Civil Veterinary Dept. Bombay admin report 1907-1913 - 1907-1913
Year: 1907
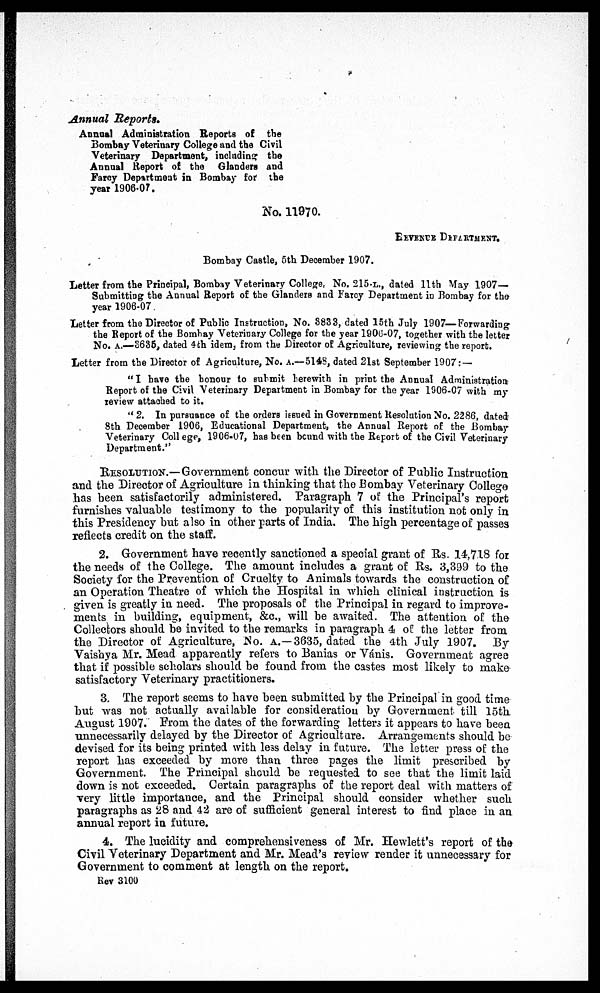
Annual Reports.
Annual Administration Reports of the
Bombay Veterinary College and the Civil
Veterinary Department, including the
Annual Report of the Glanders and
Farcy Department in Bombay for the
year 1906-07.
No. 11970.
REVENUE DEPARTMENT.
Bombay Castle, 5th December 1907.
Letter from the Principal, Bombay Veterinary College, No. 215.L., dated 11th May 1907—
Submitting the Annual Report of the Glanders and Farcy Department in Bombay for the
year 1906-07.
Letter from the Director of Public Instruction, No. 8833, dated 15th July 1907—Forwarding*
the Report of the Bombay Veterinary College for the year 1900-07, together with the letter
No. A.—3635, dated 4th idem, from the Director of Agriculture, reviewing the report.
Letter from the Director of Agriculture, No. A.—5148, dated 21st September 1907: —
" I have the honour to submit herewith in print the Annual Administration
Report of the Civil Veterinary Department in Bombay for the year 1906-07 with my
review attached to it.
" 2. In pursuance of the orders issued in Government Resolution No. 2286, dated
8th December 1906, Educational Department, the Annual Report of the Bombay
Veterinary College, 1906-07, has been bound with the Report of the Civil Veterinary
Department."
RESOLUTION.—Government concur with the Director of Public Instruction
and the Director of Agriculture in thinking that the Bombay Veterinary College
has been satisfactorily administered. Paragraph 7 oil the Principal's report
furnishes valuable testimony to the popularity of this institution not only in
this Presidency but also in other parts of India. The high percentage of passes
reflects credit on the staff.
2. Government have recently sanctioned a special grant of Rs. 14,718 for
the needs of the College. The amount includes a grant of Rs. 3,399 to the
Society for the Prevention of Cruelty to Animals towards the construction of
an Operation Theatre of which the Hospital in which clinical instruction is
given is greatly in need. The proposals of the Principal in regard to improve-
ments in building, equipment, &c., will be awaited. The attention of the
Collectors should be invited to the remarks in paragraph 4 of the letter from
the Director of Agriculture, No. A.—3635, dated the 4th July 1907. By
Vaishya Mr. Mead apparently refers to Banias or Vánis. Government agree
that if possible scholars should be found from the castes most likely to make
satisfactory Veterinary practitioners.
3. The report seems to have been submitted by the Principal in good time
but was not actually available for consideration by Government till 15th
August 1907. From the dates of the forwarding letters it appears to have been
unnecessarily delayed by the Director of Agriculture. Arrangements should be
devised for its being printed with less delay in future. The letter press of the
report has exceeded by more than three pages the limit prescribed by
Government. The Principal should be requested to see that the limit laid
down is not exceeded. Certain paragraphs of the report deal with matters of
very little importance, and the Principal should consider whether such
paragraphs as 28 and 42 are of sufficient general interest to find place in an
annual report in future.
4. The lucidity and comprehensiveness of Mr. Hewlett's report of the
Civil Veterinary Department and Mr. Mead's review render it unnecessary for
Government to comment at length on the report.
Rev 3100